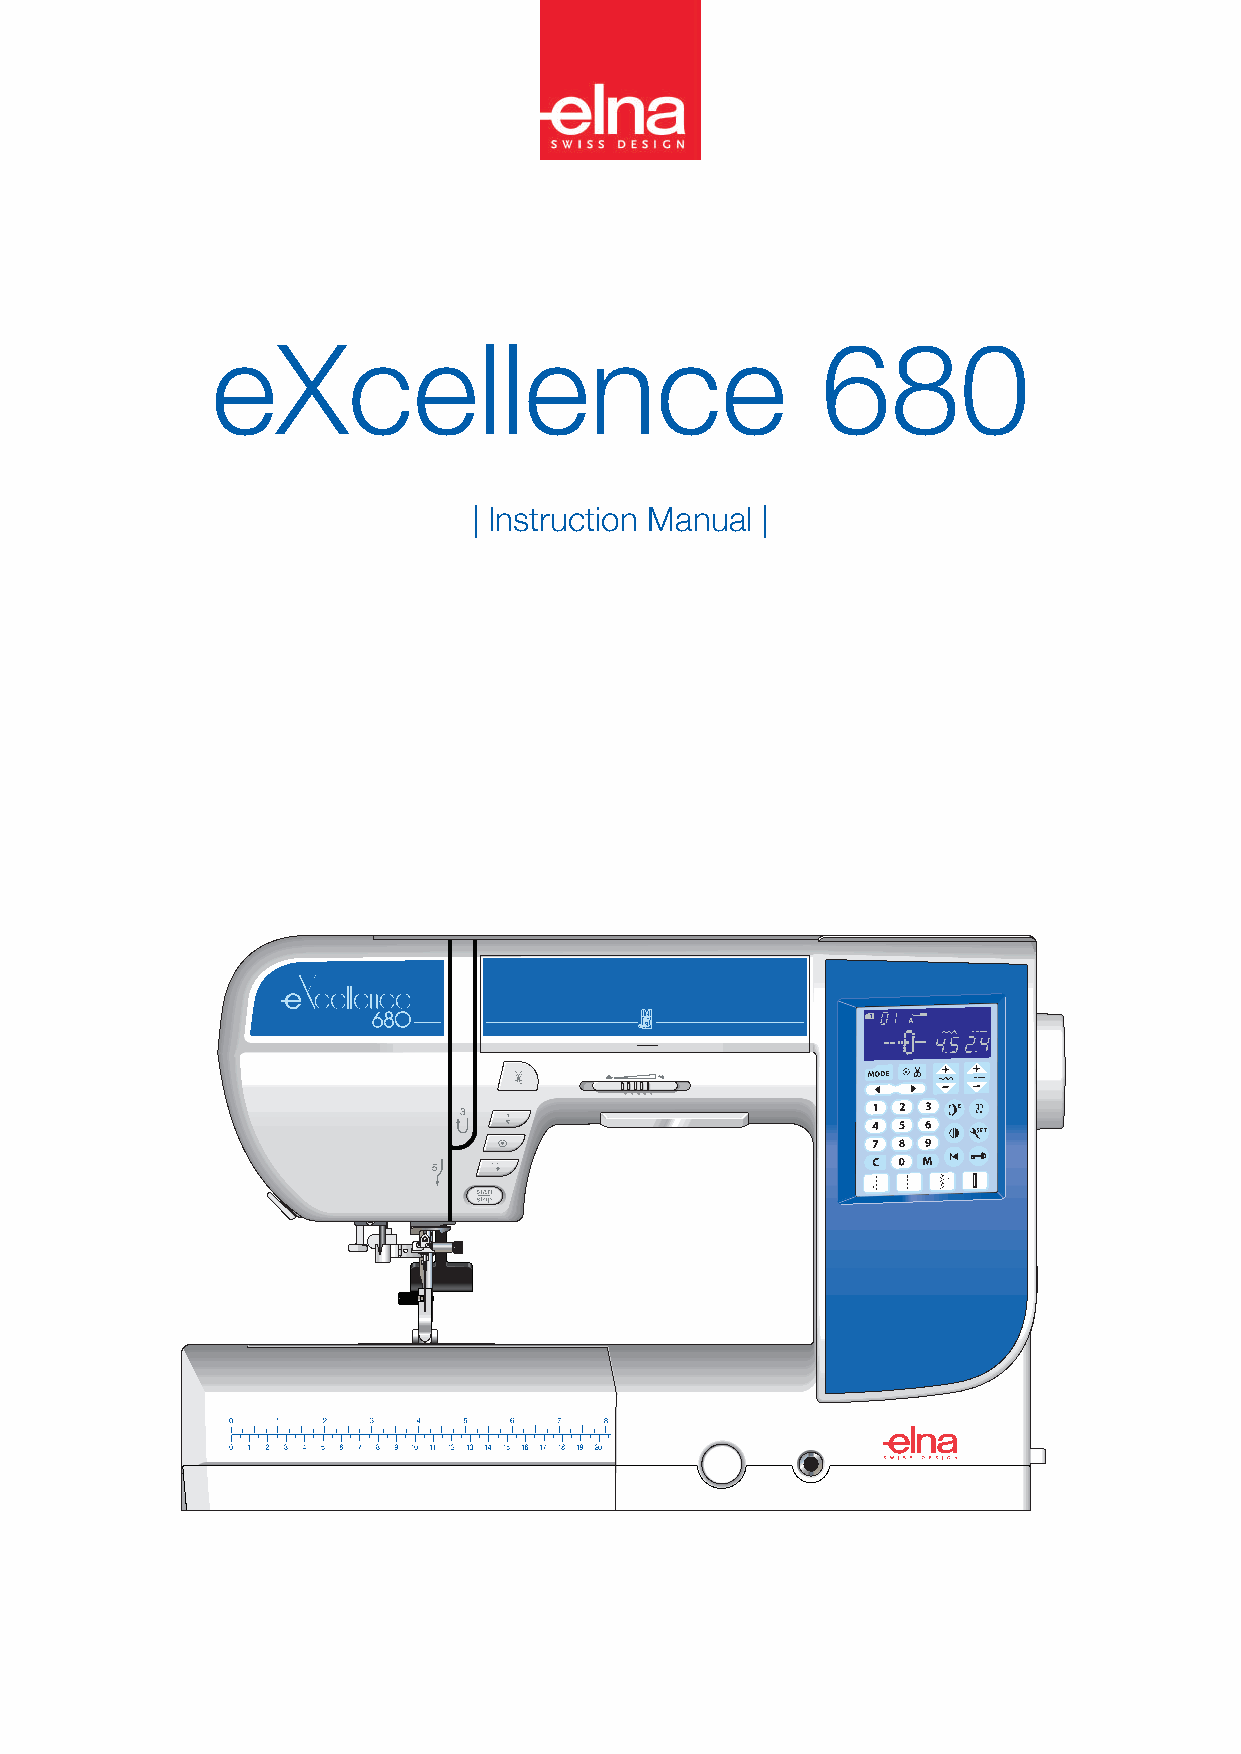
eXcellence                              680
 | Instruction Manual |